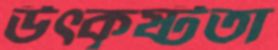
উত্কৃষ্টতা